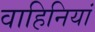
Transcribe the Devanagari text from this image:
वाहिनियां